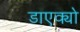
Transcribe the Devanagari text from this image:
डाएक्यो